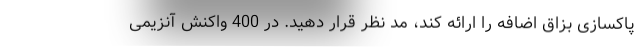
پاکسازی بزاق اضافه را ارائه کند، مد نظر قرار دهید. در 400 واکنش آنزیمی